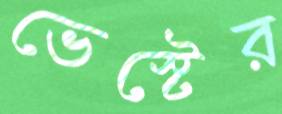
ভেস্টের